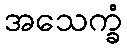
အသေက္ခံ